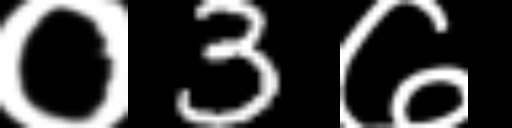
Text: ०3७